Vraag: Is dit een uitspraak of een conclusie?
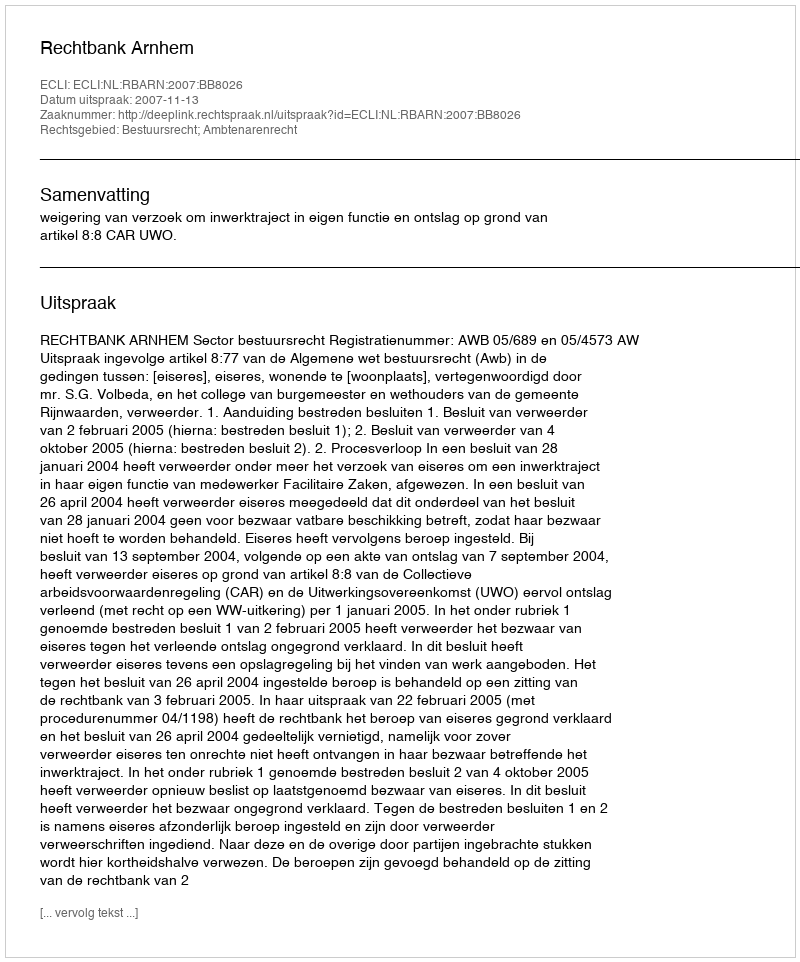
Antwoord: Uitspraak